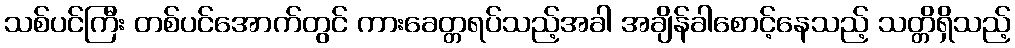
သစ်ပင်ကြီး တစ်ပင်အောက်တွင် ကားခေတ္တရပ်သည့်အခါ အချိန်ခါစောင့်နေသည့် သတ္တိရှိသည့်